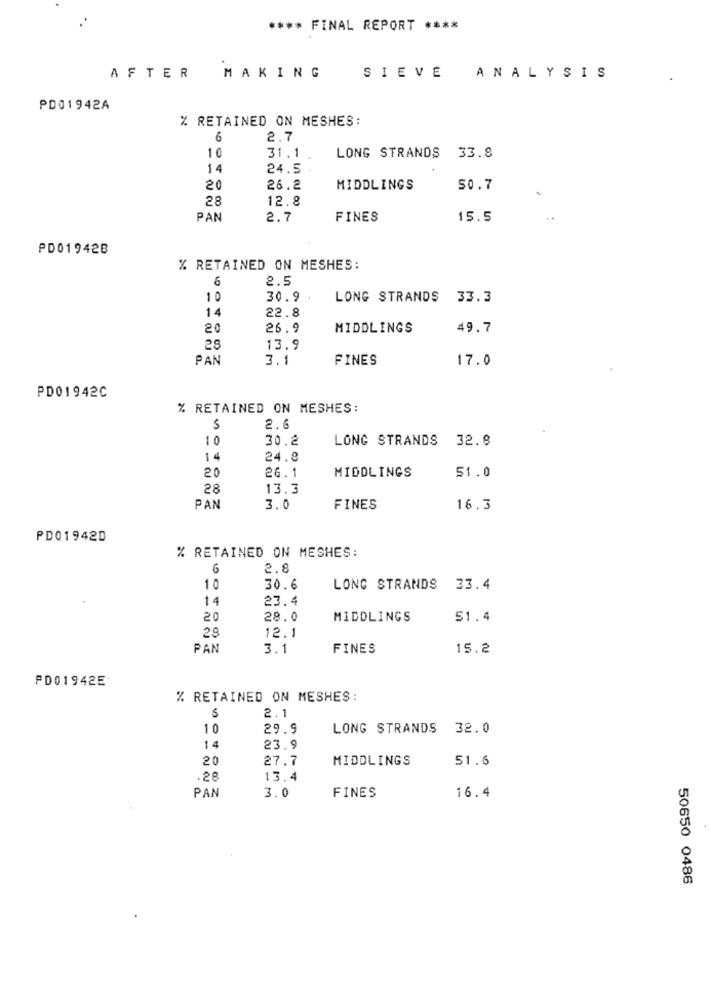
**** FINAL REPORT ****
SIEVE
AFTER
MAKING
ANALYSIS
PD01942A
% RETAINED ON MESHES:
6
2.7
31.1
10
LONG STRANDS 33.8
14
24.5
20
26.2
MIDDLINGS
50.7
28
12.8
PAN
2.7
FINES
15.5
PD01942B
% RETAINED ON MESHES:
6
2.5
10
30.9
LONG STRANDS 33.3
14
22.8
20
26.9
MIDDLINGS
49.7
28
13.9
PAN
3.1
FINES
17.0
PD01942C
% RETAINED ON MESHES:
S
2.6
10
30.2
LONG STRANDS 32.8
14
24.8
20
MIDDLINGS
51.0
26.1
28
13.3
PAN
3.0
FINES
16.3
PD01942D
% RETAINED ON MESHES:
6
2.8
10
30.6
LONG STRANDS
33.4
14
23.4
20
28.0
MIDDLINGS
51.4
29
12.1
PAN
3.1
FINES
15.2
PD01942E
% RETAINED ON MESHES:
2.1
10
29.9
LONG STRANDS 32.0
14
23.9
20
27.7
MIDDLINGS
51.6
.28
13.4
PAN
16.4
3.0
FINES
50650 0486